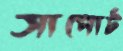
সাপোর্ট